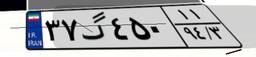
۰۱گ۵۹۹۲۵